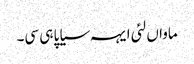
ماواں لئی ایہہ سیاپا ہی سی۔